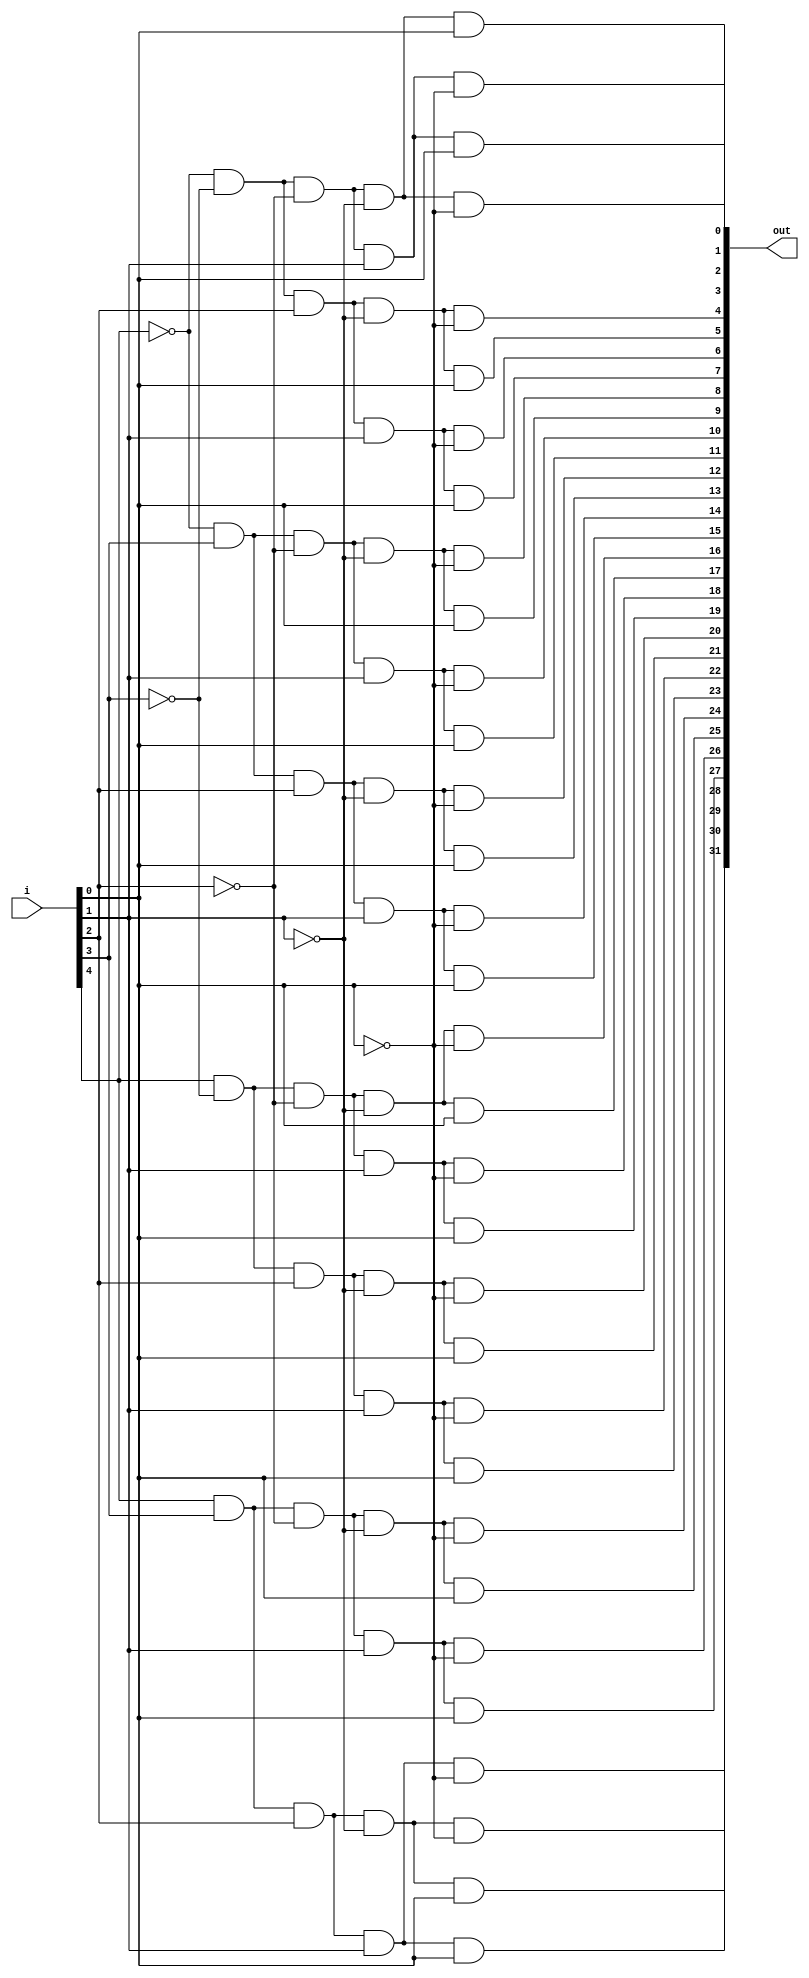
module decoder(i,out);

input[4:0]i;
output [31:0]out;

wire[4:0]c;
not(c[0],i[0]);
not(c[1],i[1]);
not(c[2],i[2]);
not(c[3],i[3]);
not(c[4],i[4]);

and(out[0],c[4],c[3],c[2],c[1],c[0]);
and(out[1],c[4],c[3],c[2],c[1],i[0]);
and(out[2],c[4],c[3],c[2],i[1],c[0]);
and(out[3],c[4],c[3],c[2],i[1],i[0]);

and(out[4],c[4],c[3],i[2],c[1],c[0]);
and(out[5],c[4],c[3],i[2],c[1],i[0]);
and(out[6],c[4],c[3],i[2],i[1],c[0]);
and(out[7],c[4],c[3],i[2],i[1],i[0]);


and(out[8],c[4],i[3],c[2],c[1],c[0]);
and(out[9],c[4],i[3],c[2],c[1],i[0]);
and(out[10],c[4],i[3],c[2],i[1],c[0]);
and(out[11],c[4],i[3],c[2],i[1],i[0]);

and(out[12],c[4],i[3],i[2],c[1],c[0]);
and(out[13],c[4],i[3],i[2],c[1],i[0]);
and(out[14],c[4],i[3],i[2],i[1],c[0]);
and(out[15],c[4],i[3],i[2],i[1],i[0]);
//_____________________________________
and(out[16],i[4],c[3],c[2],c[1],c[0]);
and(out[17],i[4],c[3],c[2],c[1],i[0]);
and(out[18],i[4],c[3],c[2],i[1],c[0]);
and(out[19],i[4],c[3],c[2],i[1],i[0]);

and(out[20],i[4],c[3],i[2],c[1],c[0]);
and(out[21],i[4],c[3],i[2],c[1],i[0]);
and(out[22],i[4],c[3],i[2],i[1],c[0]);
and(out[23],i[4],c[3],i[2],i[1],i[0]);


and(out[24],i[4],i[3],c[2],c[1],c[0]);
and(out[25],i[4],i[3],c[2],c[1],i[0]);
and(out[26],i[4],i[3],c[2],i[1],c[0]);
and(out[27],i[4],i[3],c[2],i[1],i[0]);

and(out[28],i[4],i[3],i[2],c[1],c[0]);
and(out[29],i[4],i[3],i[2],c[1],i[0]);
and(out[30],i[4],i[3],i[2],i[1],c[0]);
and(out[31],i[4],i[3],i[2],i[1],i[0]);


endmodule